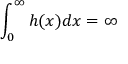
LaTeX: \int _ { 0 } ^ { \infty } h ( x ) d x = \infty